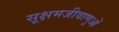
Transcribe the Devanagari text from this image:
सूक्षमजीवाणुओं